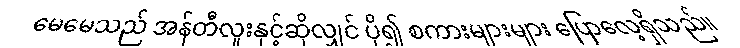
မေမေသည် အန်တီလူးနှင့်ဆိုလျှင် ပို၍ စကားများများ ပြောလေ့ရှိသည်။